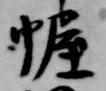
幄